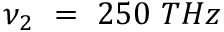
\nu _ { 2 } ~ = ~ 2 5 0 ~ T H z